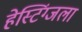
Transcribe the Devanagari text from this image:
हेस्टिंग्जला